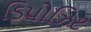
ડિપોઝિટ